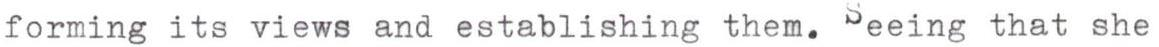
forming its views and establishing them. Seeing that she